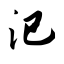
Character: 汜